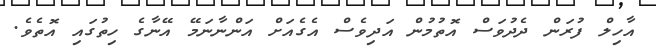
އާހިލް ފުރަން ދެދުވަސް އޮތުމުން އަދިވެސް އެގެއަށް އަންނާނަމޭ އޭނާގެ ހިތުގައި އޮތެވެ.